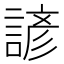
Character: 諺